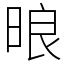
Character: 㫰